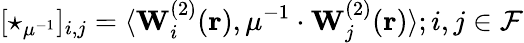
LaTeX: [\star_{\mu^{-1}}]_{i,j}=\langle\mathbf{W}_{i}^{(2)}(\mathbf{r}),\mu^{-1}\cdot\mathbf{W}_{j}^{(2)}(\mathbf{r})\rangle;i,j\in\mathcal{F}